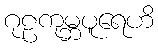
ဂုဠကုမ္ဘပူရေဟိ